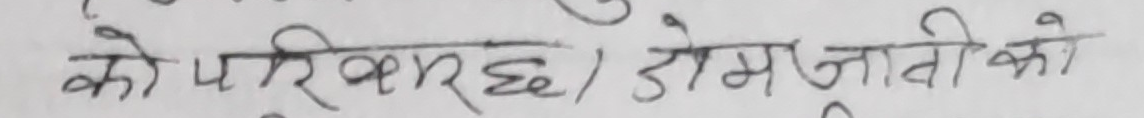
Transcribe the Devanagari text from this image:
को परिवारछ / डौमजावीको